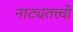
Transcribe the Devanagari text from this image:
नाट्यतत्त्वों